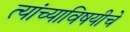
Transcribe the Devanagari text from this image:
त्यांच्याविषयीचे